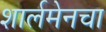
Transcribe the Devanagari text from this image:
शार्लमेनचा